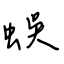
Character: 蜈